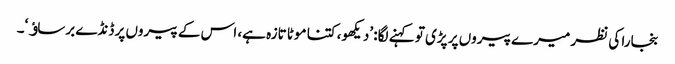
بنجارا کی نظر میرے پیروں پر پڑی تو کہنے لگا: ’دیکھو، کتنا موٹا تازہ ہے، اس کے پیروں پر ڈنڈے برساﺅ‘۔